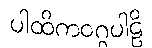
ပါထိကဝဂ္ဂပါဠိ